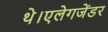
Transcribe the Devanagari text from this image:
थे।एलेगजेंडर